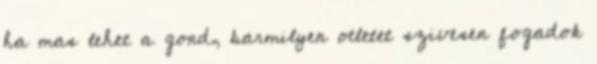
ha mas lehet a gond, barmilyen otletet szivesen fogadok